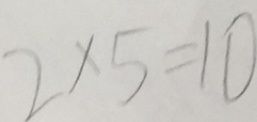
2 \times 5 = 1 0